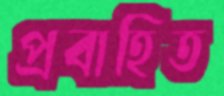
প্রবাহিত